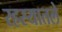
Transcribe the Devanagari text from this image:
रहस्यातले